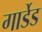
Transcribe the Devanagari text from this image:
गार्डेड